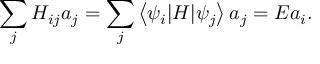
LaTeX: \sum _ { j } H _ { i j } a _ { j } = \sum _ { j } \left< \psi _ { i } | H | \psi _ { j } \right> a _ { j } = E a _ { i } .